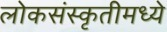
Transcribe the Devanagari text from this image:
लोकसंस्कृतीमध्ये